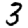
Digit: 3